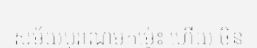
សម័យបុរាណមកម្ល៉េះ ហើយ ចិន